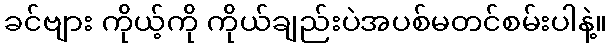
ခင်ဗျား ကိုယ့်ကို ကိုယ်ချည်းပဲအပစ်မတင်စမ်းပါနဲ့။